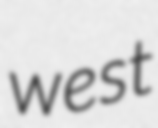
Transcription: west